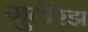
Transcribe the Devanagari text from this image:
गुटीरेझ